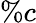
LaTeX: \% c